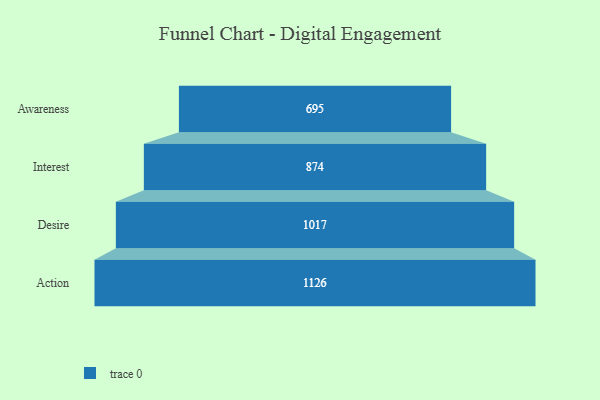
{"axis": {"x": "Stage", "y": "Value"}, "legend": [""], "data": [{"x": "Awareness", "y": 695.0, "type": ""}, {"x": "Interest", "y": 874.0, "type": ""}, {"x": "Desire", "y": 1017.0, "type": ""}, {"x": "Action", "y": 1126.0, "type": ""}]}